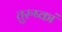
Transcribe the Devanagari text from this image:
तुरुष्कां